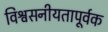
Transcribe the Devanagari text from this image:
विश्वसनीयतापूर्वक